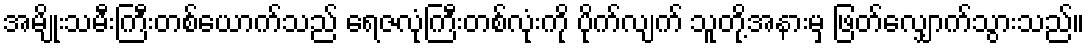
အမျိုးသမီးကြီးတစ်ယောက်သည် ရေဇလုံကြီးတစ်လုံးကို ပိုက်လျက် သူတို့အနားမှ ဖြတ်လျှောက်သွားသည်။